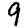
Digit: 9